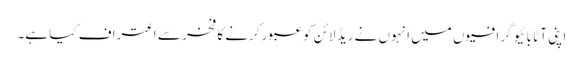
اپنی آٹا بائیو گرافیوں میں انہوں نے ریڈ لائن کو عبور کرنے کا فخر سے اعتراف کیا ہے۔